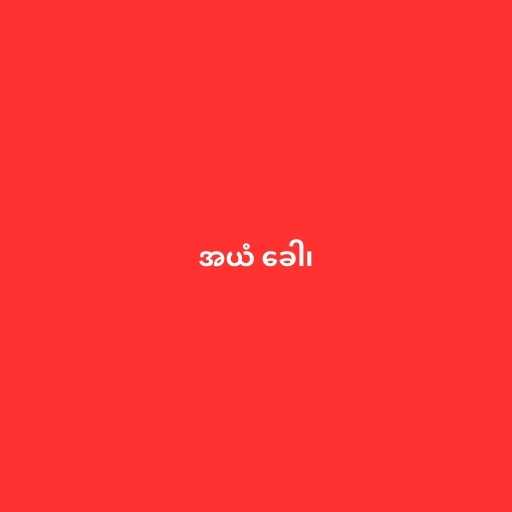
အယံ ခေါ၊